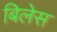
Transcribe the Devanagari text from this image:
बिलेस